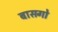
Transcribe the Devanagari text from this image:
बासगो